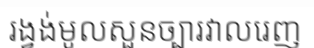
រង្វង់មូលសួនច្បារវាលរេញ